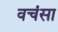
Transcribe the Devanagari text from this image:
वचंसा